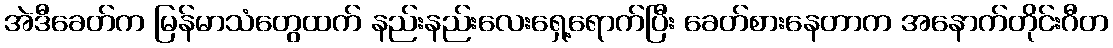
အဲဒီခေတ်က မြန်မာသံတွေထက် နည်းနည်းလေးရှေ့ရောက်ပြီး ခေတ်စားနေတာက အနောက်တိုင်းဂီတ